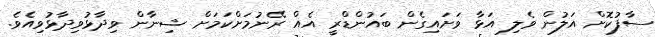
ސާފުކޮށް އަލުން ވެލި އަޅާ ވަށައިގެން ބައުންޑްރީ އެއް ރޭނުމަށްކަމަށް ޝިނާން ވިދާޅުވިދާޅުވިއެވެ.